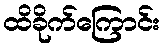
ထိခိုက်ကြောင်း